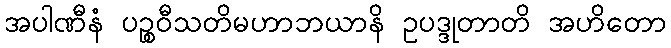
အပါဏီနံ ပဉ္စဝီသတိမဟာဘယာနိ ဥပဒ္ဒုတာတိ အဟိတော